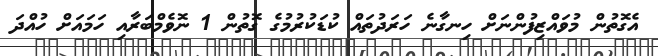
އެގޮތުން މުވައްޒިފުންނަށް ހިނގާނެ ހަރަދުތައް ކުޑަކުރުމުގެ ގޮތުން 1 ނޮވެމްބަރާއި ހަމައަށް ހުއްދަ